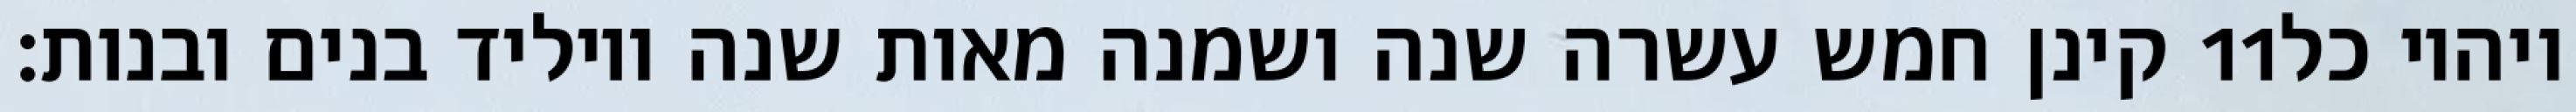
קינן חמש עשרה שנה ושמנה מאות שנה ויוליד בנים ובנות׃ ‎11‏ ויהיו כל